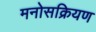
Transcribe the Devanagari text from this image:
मनोसक्रियण